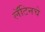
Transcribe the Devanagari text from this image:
लॅटिनचे